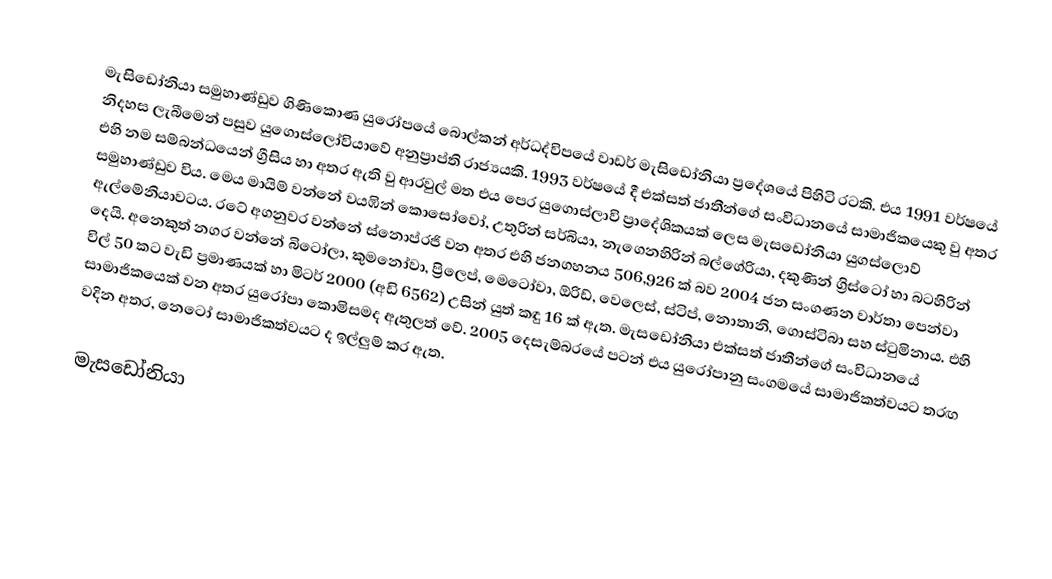
මැසිඩෝනියා සමුහාණ්ඩුව ගිණිකොණ යුරෝපයේ බොල්කන් අර්ධද්විපයේ වාඩර් මැසිඩෝනියා ප්‍රදේශයේ පිහිටි රටකි. එය 1991 වර්ෂයේ නිදහස ලැබීමෙන් පසුව යුගොස්ලෝවියාවේ අනුප්‍රාප්ති රාජ්‍යයකි. 1993 වර්ෂයේ දී එක්සත් ජාතීන්ගේ සංවිධානයේ සාමාජිකයෙකු වු අතර එහි නම සම්බන්ධයෙන් ග්‍රීසිය හා අතර ඇති වු ආරවුල් මත එය පෙර යුගොස්ලාවි ප්‍රාදේශිකයක් ලෙස මැසඩෝනියා යුගස්ලොව් සමුහාණ්ඩුව විය. මෙය මායිම් වන්නේ වයඹින් කොසෝවෝ, උතුරින් සර්බියා, නැගෙනහිරින් බල්ගේරියා, දකුණින් ග්‍රිස්ටෝ හා බටහිරින් ඇල්මේනියාවටය. රටේ අගනුවර වන්නේ ස්නොප්රජි වන අතර එහි ජනගහනය 506,926 ක් බව 2004 ජන සංගණන වාර්තා පෙන්වා දෙයි. අනෙකුත් නගර වන්නේ බිටෝලා, කුමනෝවා, ප්‍රිලෙප්, මෙටෝවා, ඕරිඩ්, වෙලෙස්, ස්ටිප්, නොතානි, ගොස්ටිබා සහ ස්ටුමිනාය. එහි විල් 50 කට වැඩි ප්‍රමාණයක් හා මිටර් 2000 (අඩි 6562) උසින් යුත් කඳු 16 ක් ඇත. මැසඩෝනියා එක්සත් ජාතීන්ගේ සංවිධානයේ සාමාජිකයෙක් වන අතර යුරෝපා කොමිසමද ඇතුලත් වේ. 2005 දෙසැම්බරයේ පටන් එය යුරෝපානු සංගමයේ සාමාජිකත්වයට තරඟ වදින අතර, ‍නෙටෝ සාමාජිකත්වයට ද ඉල්ලුම් කර ඇත.

මැසඩෝනියා